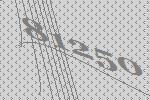
81250